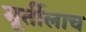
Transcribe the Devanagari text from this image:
मूर्तीलाच